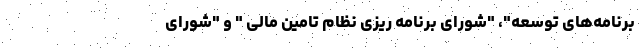
برنامه‌های توسعه"، "شورای برنامه ریزی نظام تامین مالی " و "شورای